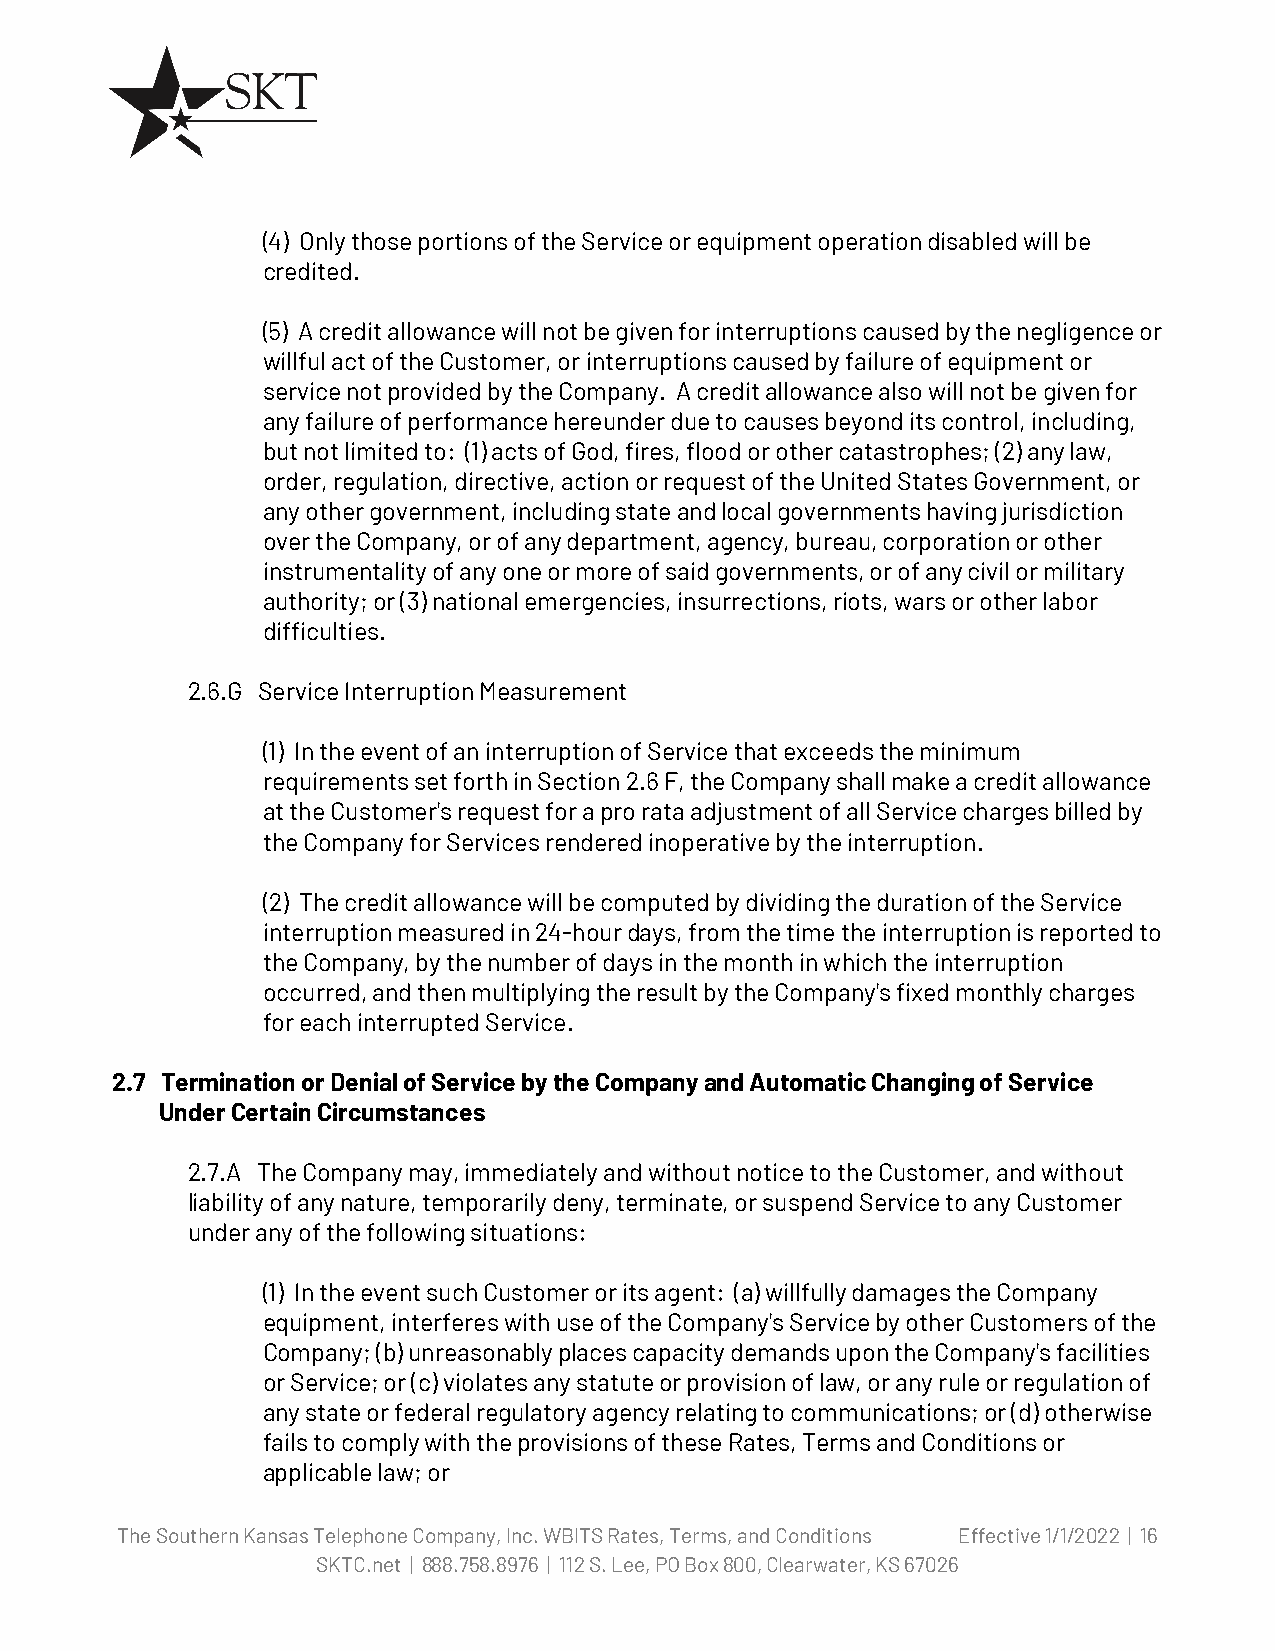
(4) Only those portions of the Service or equipment operation disabled will be
 credited.
 (5) A credit allowance will not be given for interruptions caused by the negligence or
 willful act of the Customer, or interruptions caused by failure of equipment or
 service not provided by the Company. A credit allowance also will not be given for
 any failure of performance hereunder due to causes beyond its control, including,
 but not limited to: (1) acts of God, fires, flood or other catastrophes; (2) any law,
 order, regulation, directive, action or request of the United States Government, or
 any other government, including state and local governments having jurisdiction
 over the Company, or of any department, agency, bureau, corporation or other
 instrumentality of any one or more of said governments, or of any civil or military
 authority; or (3) national emergencies, insurrections, riots, wars or other labor
 difficulties.
 2.6.G Service Interruption Measurement
 (1) In the event of an interruption of Service that exceeds the minimum
 requirements set forth in Section 2.6 F, the Company shall make a credit allowance
 at the Customer's request for a pro rata adjustment of all Service charges billed by
 the Company for Services rendered inoperative by the interruption.
 (2) The credit allowance will be computed by dividing the duration of the Service
 interruption measured in 24-hour days, from the time the interruption is reported to
 the Company, by the number of days in the month in which the interruption
 occurred, and then multiplying the result by the Company's fixed monthly charges
 for each interrupted Service.
 2.7 Termination or Denial of Service by the Company and Automatic Changing of Service
 Under Certain Circumstances
 2.7.A The Company may, immediately and without notice to the Customer, and without
 liability of any nature, temporarily deny, terminate, or suspend Service to any Customer
 under any of the following situations:
 (1) In the event such Customer or its agent: (a) willfully damages the Company
 equipment, interferes with use of the Company's Service by other Customers of the
 Company; (b) unreasonably places capacity demands upon the Company's facilities
 or Service; or (c) violates any statute or provision of law, or any rule or regulation of
 any state or federal regulatory agency relating to communications; or (d) otherwise
 fails to comply with the provisions of these Rates, Terms and Conditions or
 applicable law; or
 The Southern Kansas Telephone Company, Inc. WBITS Rates, Terms, and Conditions Effective 1/1/2022 | 16
 SKTC.net | 888.758.8976 | 112 S. Lee, PO Box 800, Clearwater, KS 67026